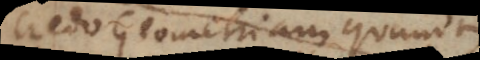
credo Geometriam quandam